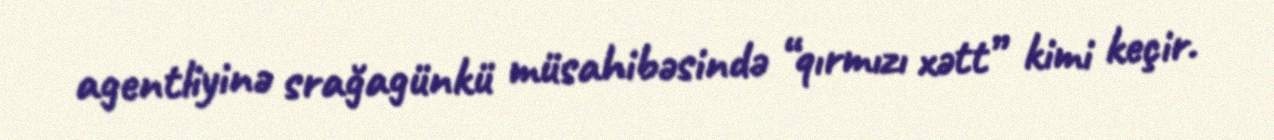
agentliyinə srağagünkü müsahibəsində “qırmızı xətt” kimi keçir.